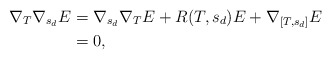
\begin{align*}\nabla_T \nabla_{s_d} E &= \nabla_{s_d} \nabla_T E + R(T,s_d)E + \nabla_{[T,s_d]}E \\& = 0,\end{align*}